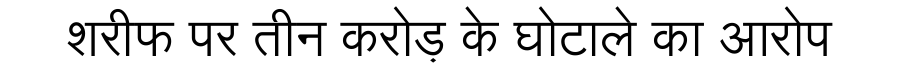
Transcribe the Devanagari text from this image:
शरीफ पर तीन करोड़ के घोटाले का आरोप